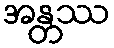
အန္တဿ